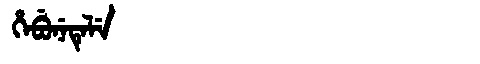
Manchu: ᡥᡝᠪᡠᠨᡝᡨᡝᠯᡝ
Romanization: HEBUNETELE